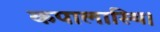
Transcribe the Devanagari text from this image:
कपालास्थि।